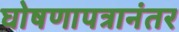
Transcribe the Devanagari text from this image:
घोषणापत्रानंतर